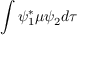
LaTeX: \int \psi _ { 1 } ^ { * } \mu \psi _ { 2 } d \tau